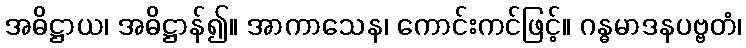
အဓိဋ္ဌာယ၊ အဓိဋ္ဌာန်၍။ အာကာသေန၊ ကောင်းကင်ဖြင့်။ ဂန္ဓမာဒနပဗ္ဗတံ၊